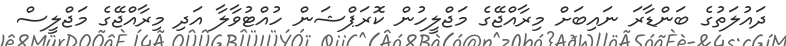
ދައުލަތުގެ ބަންޑާރަ ނައިބަށް މިރާއްޖޭގެ މަޖްލީހުން ކޮރަޕްޝަން ހުއްޓުވާލާ އަދި މިރާއްޖޭގެ މަޖްލީސް